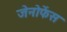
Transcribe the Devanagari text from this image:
जेनोफेंस